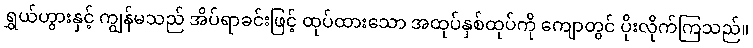
ရွှယ်ဟွားနှင့် ကျွန်မသည် အိပ်ရာခင်းဖြင့် ထုပ်ထားသော အထုပ်နှစ်ထုပ်ကို ကျောတွင် ပိုးလိုက်ကြသည်။